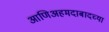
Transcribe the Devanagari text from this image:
आणिअहमदाबादच्या